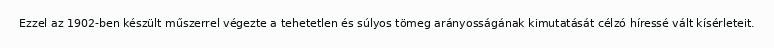
Ezzel az 1902-ben készült műszerrel végezte a tehetetlen és súlyos tömeg arányosságának kimutatását célzó híressé vált kísérleteit.